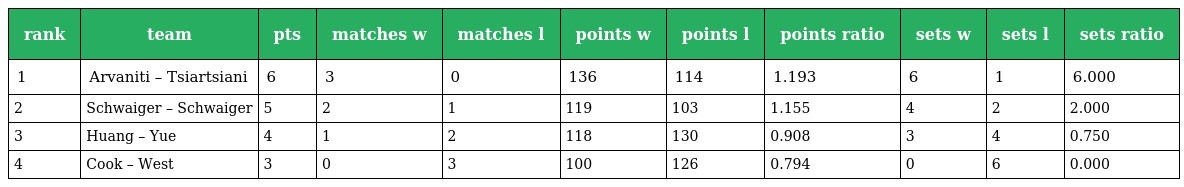
| rank | team | pts | matches w | matches l | points w | points l | points ratio | sets w | sets l | sets ratio |
 | --- | --- | --- | --- | --- | --- | --- | --- | --- | --- | --- |
 | 1 | Arvaniti – Tsiartsiani | 6 | 3 | 0 | 136 | 114 | 1.193 | 6 | 1 | 6.000 |
 | 2 | Schwaiger – Schwaiger | 5 | 2 | 1 | 119 | 103 | 1.155 | 4 | 2 | 2.000 |
 | 3 | Huang – Yue | 4 | 1 | 2 | 118 | 130 | 0.908 | 3 | 4 | 0.750 |
 | 4 | Cook – West | 3 | 0 | 3 | 100 | 126 | 0.794 | 0 | 6 | 0.000 |